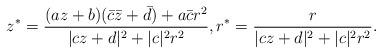
LaTeX: \begin{align*}z^*=\frac{(az+b)(\bar{c}\bar{z}+\bar{d})+a\bar{c}r^2}{|cz+d|^2+|c|^2r^2},r^*=\frac{r}{|cz+d|^2+|c|^2r^2}.\end{align*}